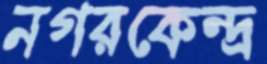
নগরকেন্দ্র